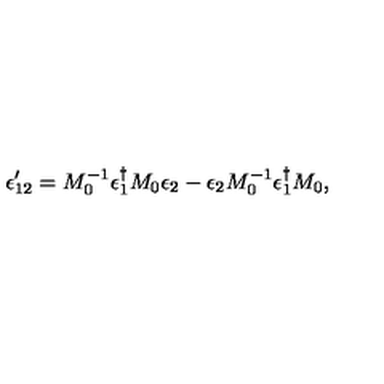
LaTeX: \epsilon _ { 1 2 } ^ { \prime } = M _ { 0 } ^ { - 1 } \epsilon _ { 1 } ^ { \dagger } M _ { 0 } \epsilon _ { 2 } - \epsilon _ { 2 } M _ { 0 } ^ { - 1 } \epsilon _ { 1 } ^ { \dagger } M _ { 0 } ,